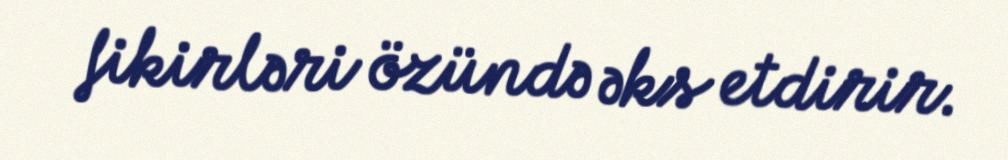
fikirləri özündə əks etdirir.